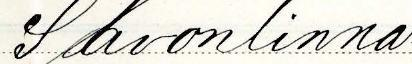
Savonlinna